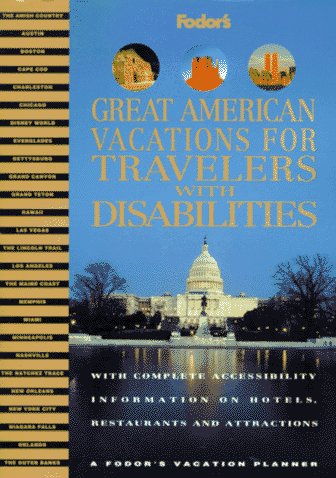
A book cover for Great American Vacations for Travelers with Disabilities: With Complete Accessibility Information on Hotels, Restaurants and Attractions (Fodor's ... Vacations for Travelers With Disabilities); Fodor's; Travel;